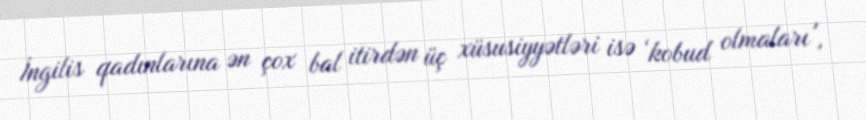
İngilis qadınlarına ən çox bal itirdən üç xüsusiyyətləri isə ‘kobud olmaları',